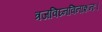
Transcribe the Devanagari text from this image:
त्रजविघ्नविनाशनः।